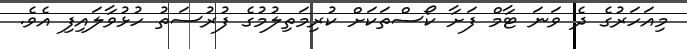
މިއަހަރުގެ ދެ ވަނަ ޓާމް ފަށާ ކޯސްތަކަށް ކުރިމަތިލުމުގެ ފުރުސަތު ހުޅުވާލައިފި އެވެ.